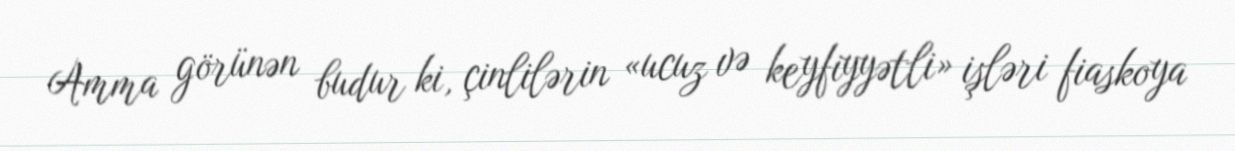
Amma görünən budur ki, çinlilərin «ucuz və keyfiyyətli» işləri fiaskoya